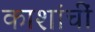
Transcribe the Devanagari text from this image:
काशांचीं